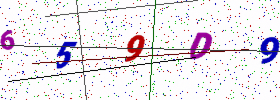
Text: 659D9